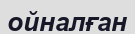
ойналған